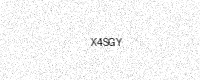
Text: X4SGY